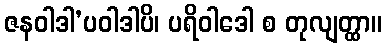
ဇနဝါဒါ’ပဝါဒါပိ၊ ပရိဝါဒေါ စ တုလျတ္ထာ။